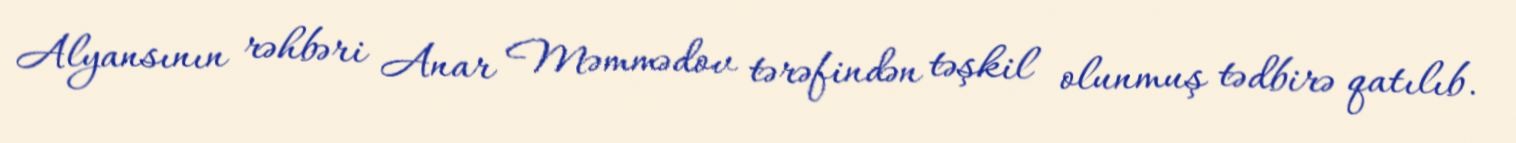
Alyansının rəhbəri Anar Məmmədov tərəfindən təşkil olunmuş tədbirə qatılıb.